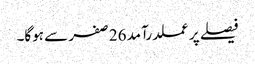
فیصلے پر عملدرآمد 26 صفر سے ہوگا۔